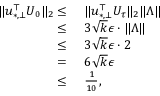
\begin{array} { r l } { \| u _ { * , \bot } ^ { \top } U _ { 0 } \| _ { 2 } \leq } & { ~ \| u _ { * , \bot } ^ { \top } U _ { \tau } \| _ { 2 } \| \Lambda \| } \\ { \leq } & { ~ 3 \sqrt { k } \epsilon \cdot \| \Lambda \| } \\ { \leq } & { ~ 3 \sqrt { k } \epsilon \cdot 2 } \\ { = } & { ~ 6 \sqrt { k } \epsilon } \\ { \leq } & { ~ \frac { 1 } { 1 0 } , } \end{array}